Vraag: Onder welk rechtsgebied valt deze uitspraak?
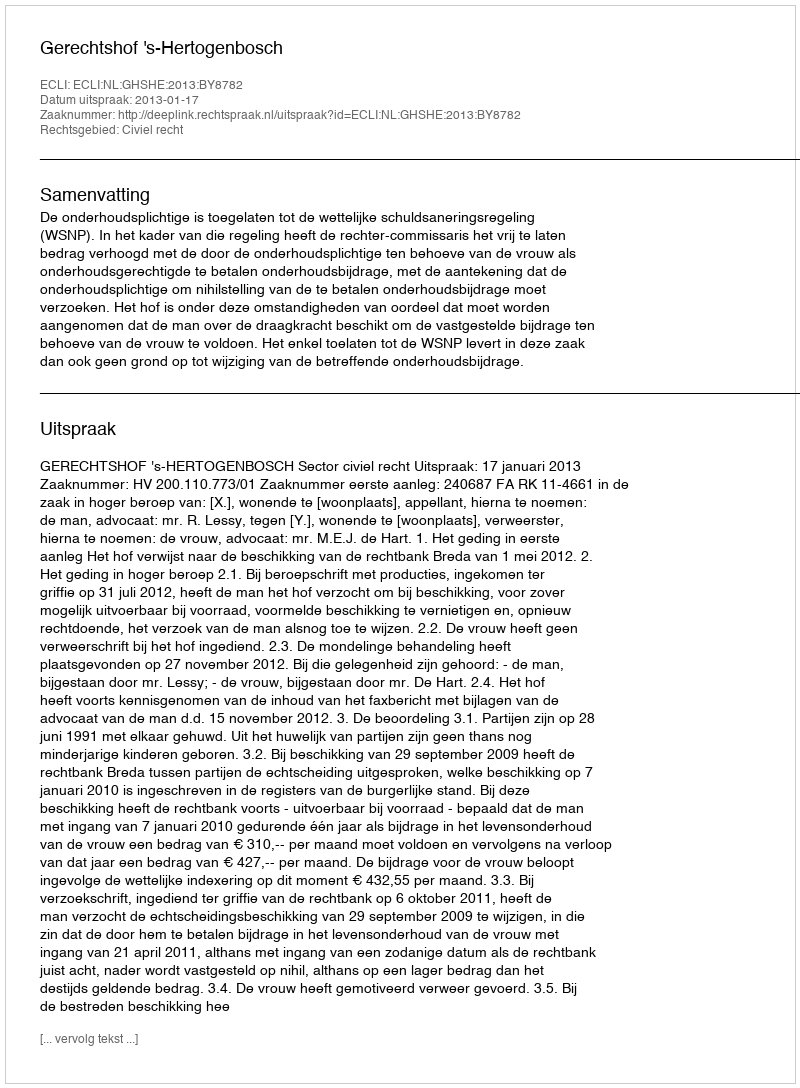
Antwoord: Civiel recht